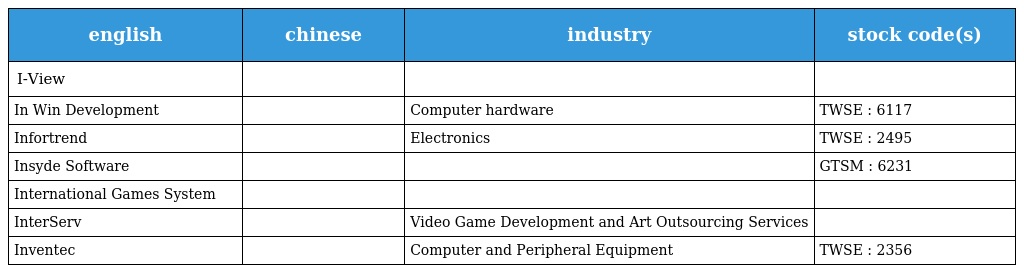
| english | chinese | industry | stock code(s) |
 | --- | --- | --- | --- |
 | I-View | 天鄰科技 |  |  |
 | In Win Development | 迎廣 | Computer hardware | TWSE : 6117 |
 | Infortrend | 普安科技 | Electronics | TWSE : 2495 |
 | Insyde Software | 系微 |  | GTSM : 6231 |
 | International Games System | 鈊象電子 |  |  |
 | InterServ | 昱泉 | Video Game Development and Art Outsourcing Services |  |
 | Inventec | 英業達 | Computer and Peripheral Equipment | TWSE : 2356 |